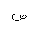
Letter: _sad